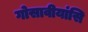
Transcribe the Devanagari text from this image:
गोसावीयांसि